Jaan_Tonisson_(Lasteleht), lk 362
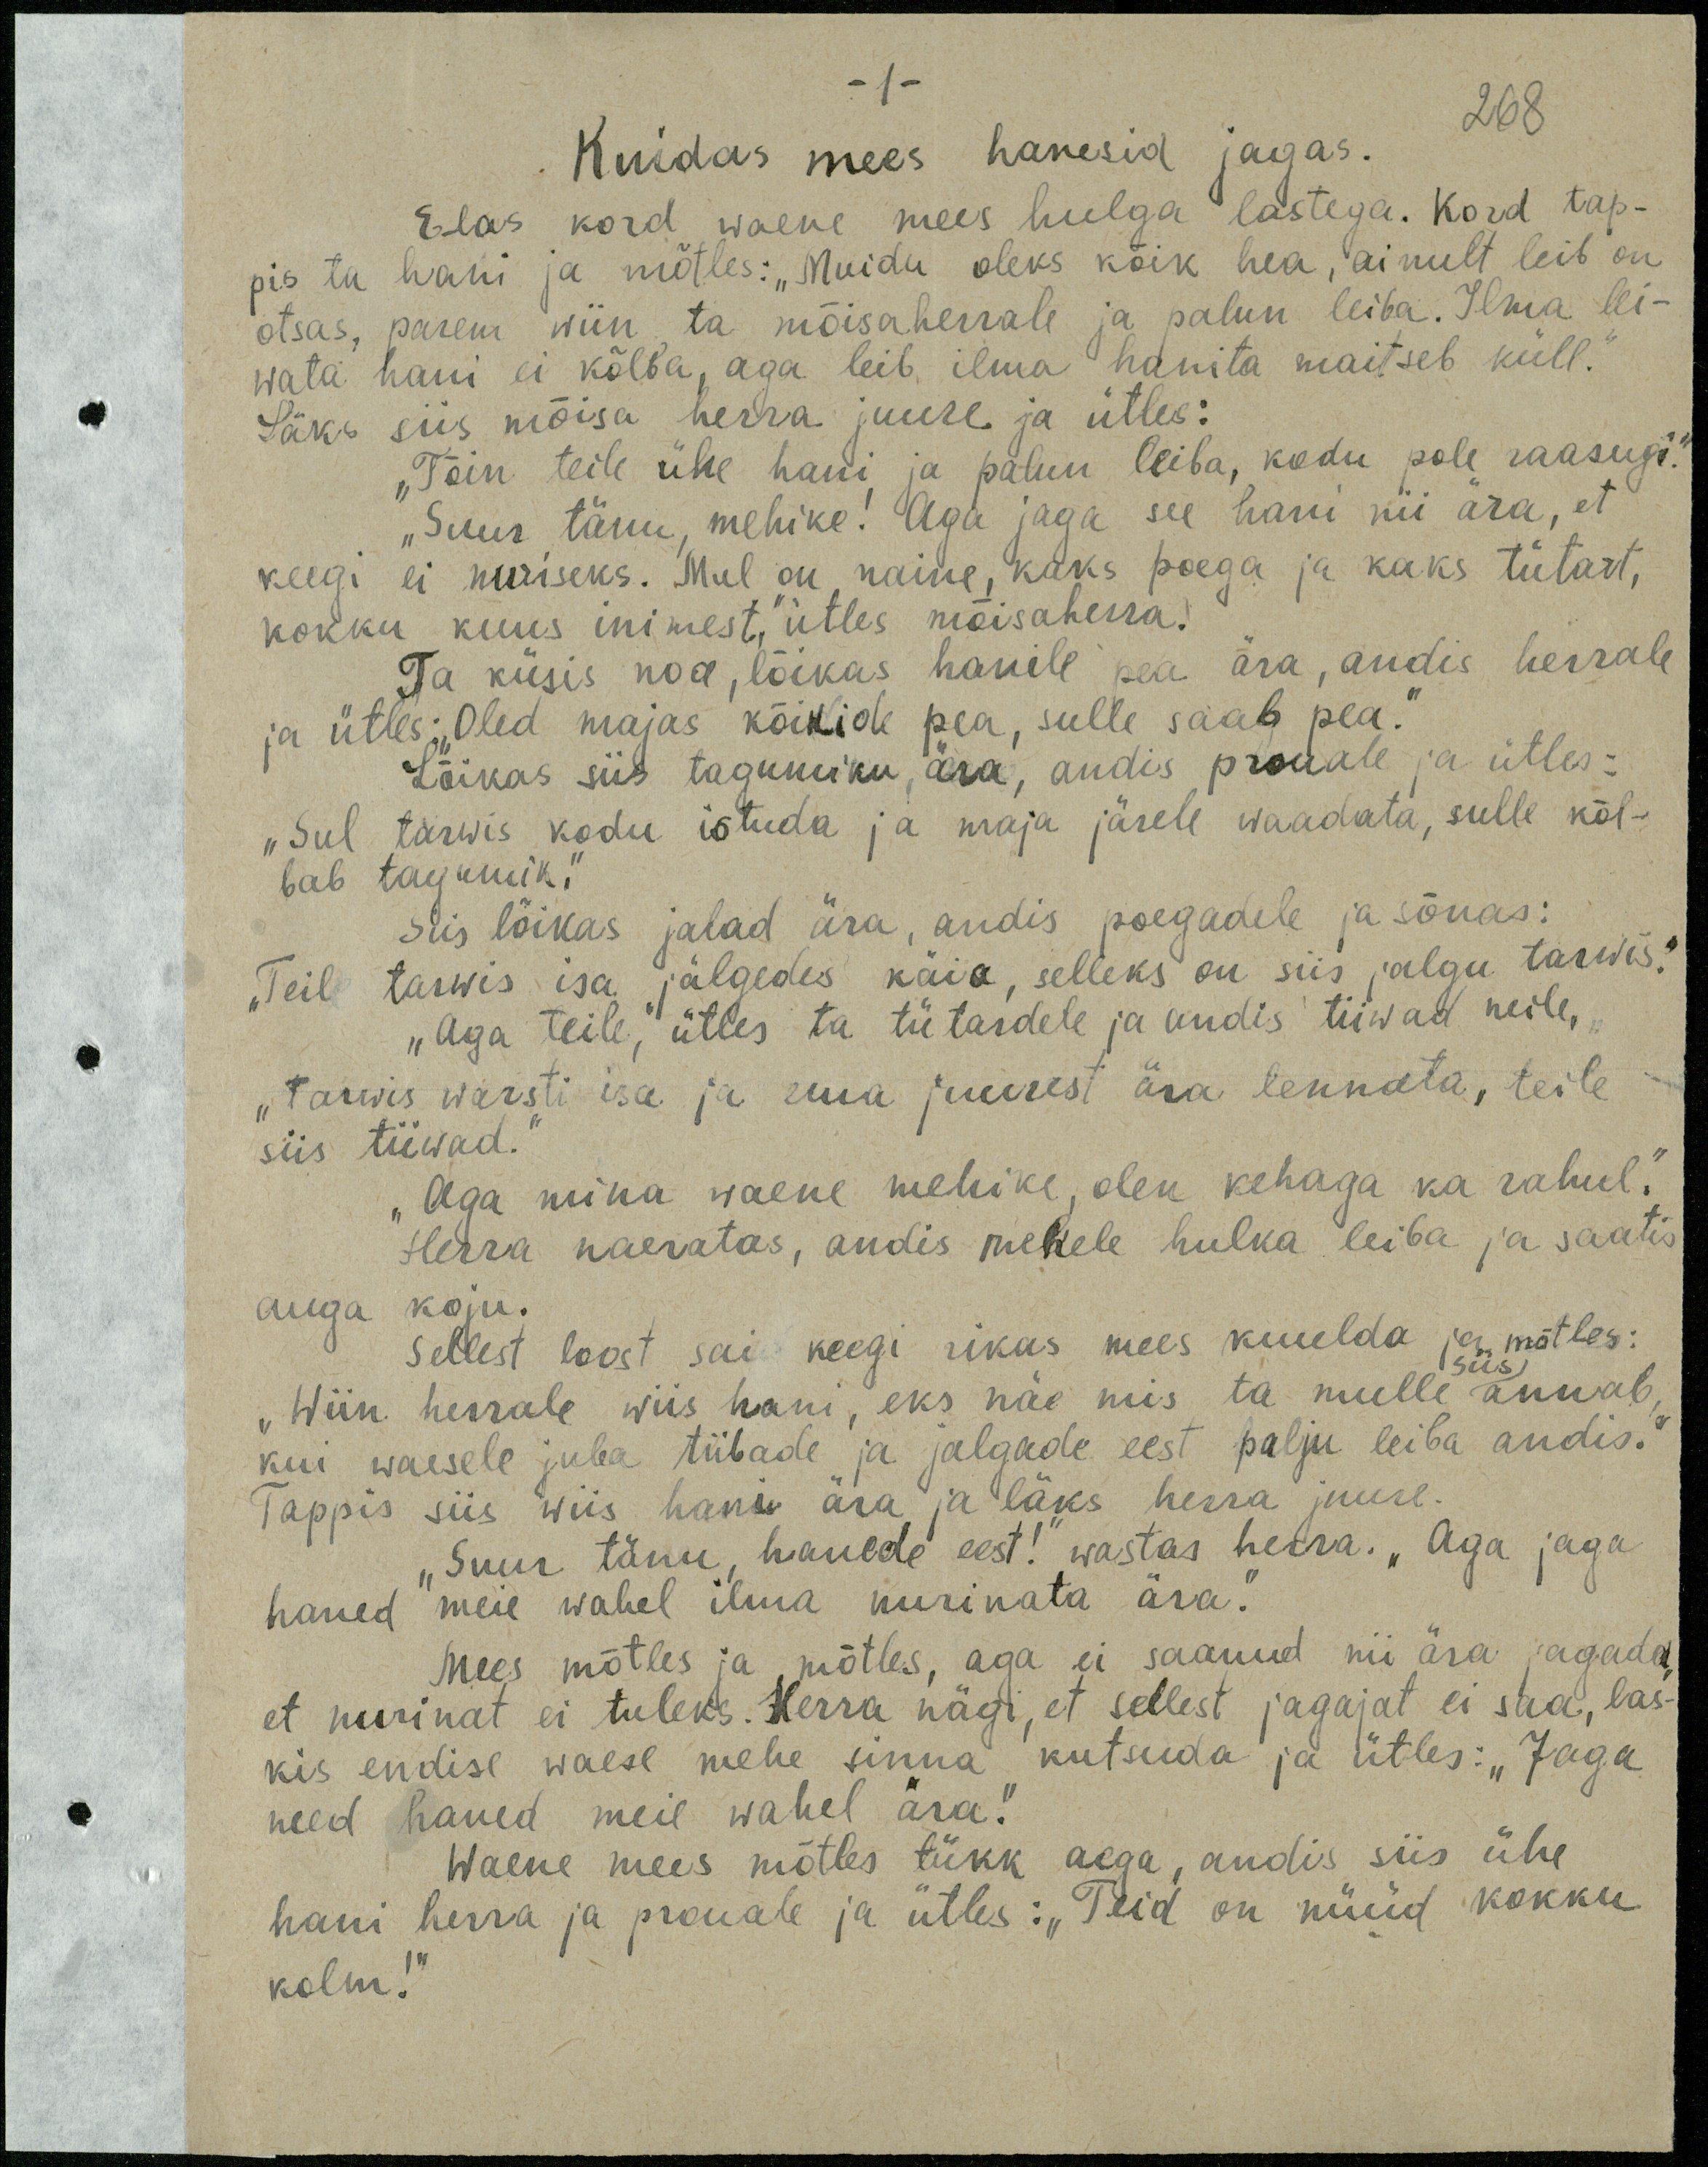
-1-.
268
Kuidas mees hanesid jagas..
Elas kord waene mees hulga lastega. Kord tap-
pis ta hani ja mõtles: "Muidu oleks kõik hea, ainult leib on
otsas, parem wiin ta mõisaherrale ja palun leiba. Ilma lei-
wata hani ei kõlba, aga leib, ilma hanita maitseb küll."
Läks siis mõisa herra juure ja ütles:
„Tõin teile ühe hani ja palun leiba, kodu pole raasugi.“
"Suur tänu, mehike! Aga jaga see hani nii ära, et
keegi ei nuriseks. Mul on naine, kaks poega ja kaks tütart,
kokku kuus inimest," ütles mõisaherra!
Ta küsis noa, lõikas hanile pea ära, andis herrale
ja ütles: "Oled majas kõikide pea, sulle saab pea."
Lõikas siis tagumiku, ära, andis prouale ja ütles:
"Sul tarwis kodu istuda ja maja järele waadata, sulle kõl-
bab tagumik!"
Siis lõikas jalad ära, andis poegadele ja sõnas:
Teil tarvis isa jälgedes käia, selleks on siis jalgu tarwis!
"Aga teile," ütles ta tütardele ja andis tiiwad neile,
"Tarwis warsti isa ja ema juurest ära lennata, teile
siis tiiwad.“
„Aga mina waene mehike, olen kehaga ka rahul.“
Herra naeratas, andis mehele hulka leiba ja saatis
auga koju.
sellest loost sai keegi rikas mees kuulda ja mõtles:
siis
"Wiin herrale wiis hani, eks näe mis ta mulle annab
kui waesele juba tiibade ja jalgade eest palju leiba andis."
Tappis siis wiis hani ära ja läks herra juure.
"Suur tänu, hanede eest!" wastas herra. „Aga jaga
haned meie wahel ilma nurinata ära."
Mees mõtles ja mòtles, aga ei saanud nii ära jagada,
et nurinat ei tuleks. Herra nägi, et sellest jagajat ei saa, las-
kis endise waese mehe sinna kutsuda ja ütles: "Jaga
need haned meie wahel ära!"
Waene mees mõtles tükk aega, andis siis ühe
hani herra ja prouale ja ütles: "Teid on nüüd kokku
kolm!"